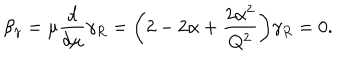
LaTeX: \beta _ { \gamma } = \mu { \frac { d } { d \mu } } \gamma _ { R } = \biggl ( 2 - 2 \alpha + { \frac { 2 \alpha ^ { 2 } } { Q ^ { 2 } } } \biggr ) \gamma _ { R } = 0 .